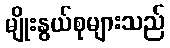
မျိုးနွယ်စုများသည်